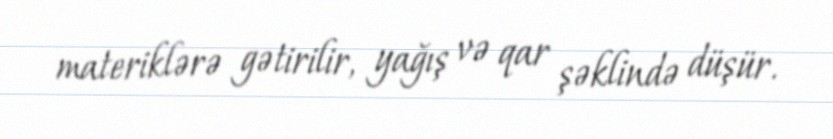
materiklərə gətirilir, yağış və qar şəklində düşür.